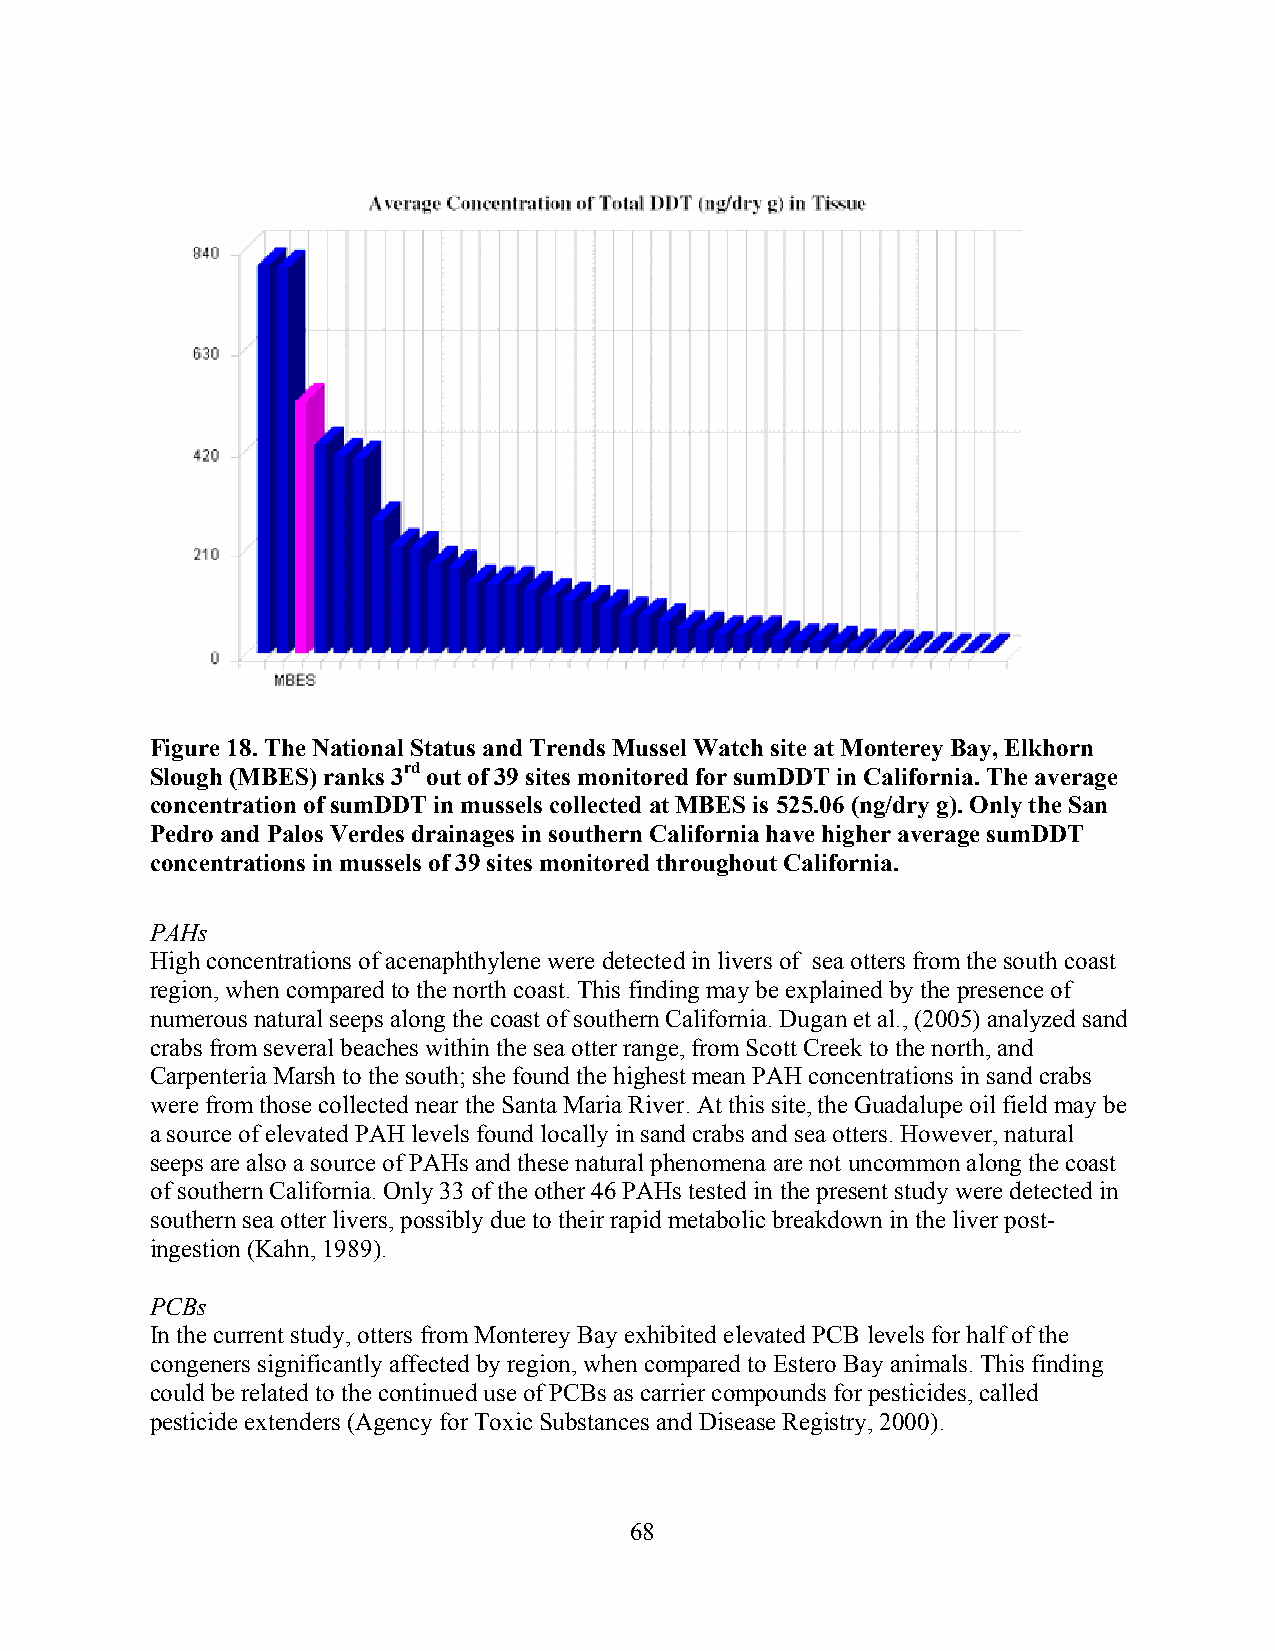
Figure 18. The National Status and Trends Mussel Watch site at Monterey Bay, Elkhorn
 Slough (MBES) ranks 3rd out of 39 sites monitored for sumDDT in California. The average
 concentration of sumDDT in mussels collected at MBES is 525.06 (ng/dry g). Only the San
 Pedro and Palos Verdes drainages in southern California have higher average sumDDT
 concentrations in mussels of 39 sites monitored throughout California.
 PAHs
 High concentrations of acenaphthylene were detected in livers of sea otters from the south coast
 region, when compared to the north coast. This finding may be explained by the presence of
 numerous natural seeps along the coast of southern California. Dugan et al., (2005) analyzed sand
 crabs from several beaches within the sea otter range, from Scott Creek to the north, and
 Carpenteria Marsh to the south; she found the highest mean PAH concentrations in sand crabs
 were from those collected near the Santa Maria River. At this site, the Guadalupe oil field may be
 a source of elevated PAH levels found locally in sand crabs and sea otters. However, natural
 seeps are also a source of PAHs and these natural phenomena are not uncommon along the coast
 of southern California. Only 33 of the other 46 PAHs tested in the present study were detected in
 southern sea otter livers, possibly due to their rapid metabolic breakdown in the liver post-
 ingestion (Kahn, 1989).
 PCBs
 In the current study, otters from Monterey Bay exhibited elevated PCB levels for half of the
 congeners significantly affected by region, when compared to Estero Bay animals. This finding
 could be related to the continued use of PCBs as carrier compounds for pesticides, called
 pesticide extenders (Agency for Toxic Substances and Disease Registry, 2000).
 68